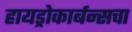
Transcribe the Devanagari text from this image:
हायड्रोकार्बन्सचा